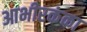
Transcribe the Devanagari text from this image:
आभीरकंका